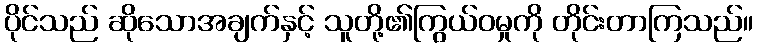
ပိုင်သည် ဆိုသောအချက်နှင့် သူတို့၏ကြွယ်ဝမှုကို တိုင်းတာကြသည်။